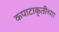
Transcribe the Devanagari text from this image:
कपाटाकृतीच्या